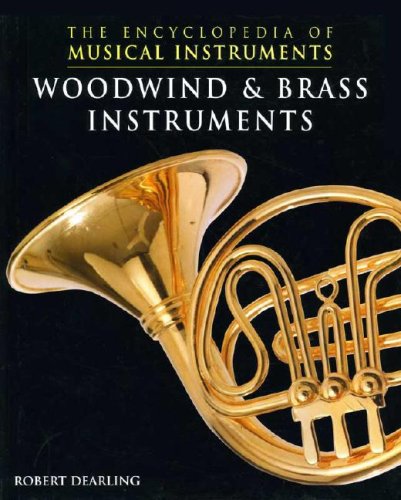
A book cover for Woodwind & Brass Instruments (Encyclopedia of Musical Instruments); Robert Dearling; Teen & Young Adult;